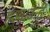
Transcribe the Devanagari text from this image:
हुआ।उन्हें